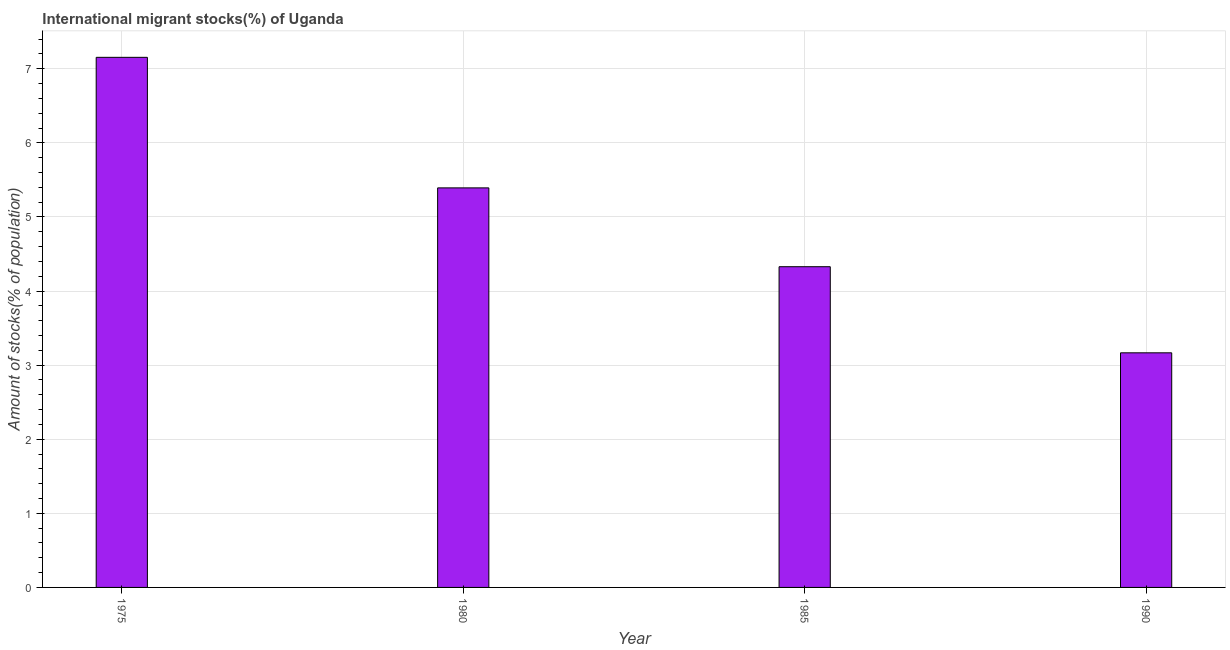
| Year | International migrant stock |
 | --- | --- |
 | 1975 | 7.15 |
 | 1980 | 5.39 |
 | 1985 | 4.33 |
 | 1990 | 3.17 |